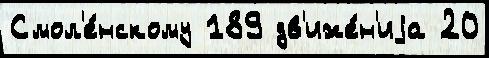
Смол'е́нскому 189 дв'иже́н'иjа 20